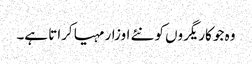
وہ جو کاریگروں کو نئے اوزار مہیا کراتا ہے۔